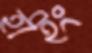
হাইং